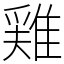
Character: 𨿸